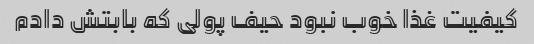
کیفیت غذا خوب نبود حیف پولی که بابتش دادم